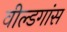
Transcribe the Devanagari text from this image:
वील्डगांस